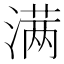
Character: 满